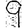
Digit: 9